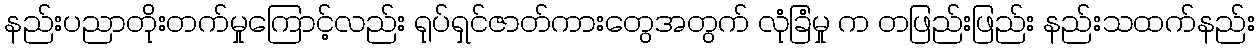
နည်းပညာတိုးတက်မှုကြောင့်လည်း ရုပ်ရှင်ဇာတ်ကားတွေအတွက် လုံခြံမှု က တဖြည်းဖြည်း နည်းသထက်နည်း